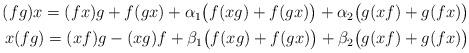
LaTeX: \begin{align*}\begin{aligned}(fg)x = (fx)g + f(gx) + \alpha_1 \big( f(xg) + f(gx) \big) + \alpha_2 \big( g(xf) + g(fx) \big) \\x(fg) = (xf)g - (xg)f + \beta_1 \big( f(xg) + f(gx) \big) + \beta_2 \big( g(xf) + g(fx) \big)\end{aligned} \end{align*}